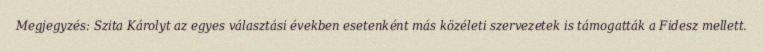
Megjegyzés: Szita Károlyt az egyes választási években esetenként más közéleti szervezetek is támogatták a Fidesz mellett.